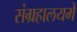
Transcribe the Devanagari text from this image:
संग्रहालयमें